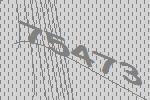
75473